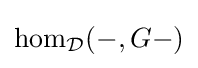
{\text{hom}}_{\mathcal {D}}(-,G-)